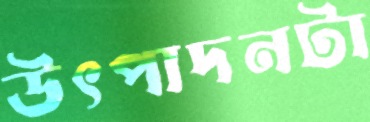
উৎপাদনটা